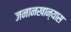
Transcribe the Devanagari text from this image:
जनानखान्यास